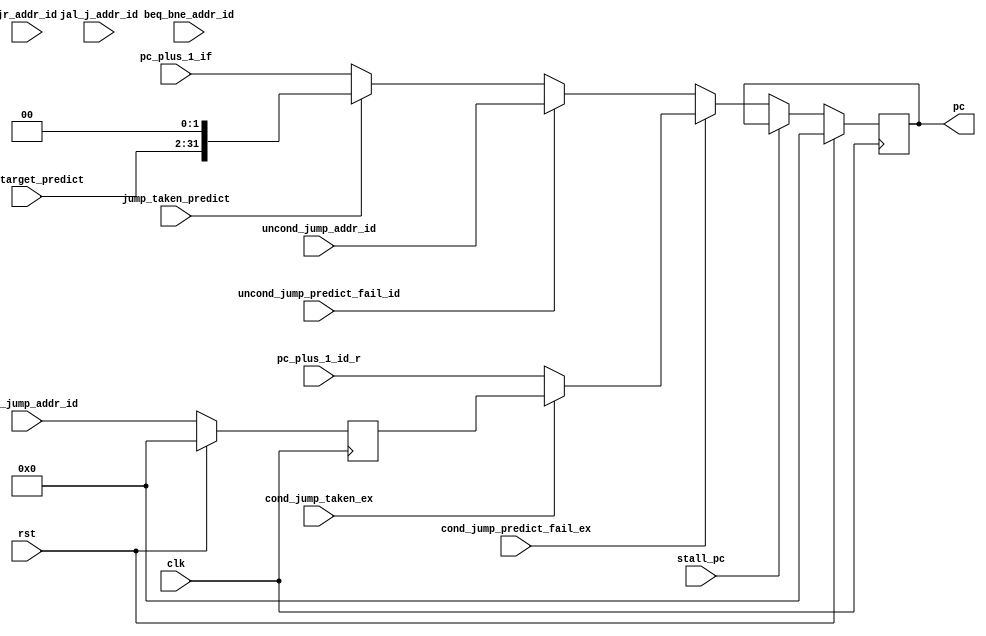
`default_nettype none
module pc_gen(
   // clock and reset    
   input  wire  clk,
   input  wire  rst,

   // Interface with branch_predictor 
   input  wire          jump_taken_predict,  
   input  wire  [31:2]  jump_target_predict,

   // Interface with id_stage
   input  wire  [31:0]  jal_j_addr_id,
   input  wire  [31:0]  beq_bne_addr_id,
   input  wire  [31:0]  jr_addr_id,
   input  wire  [31:0]  cond_jump_addr_id,
   input  wire  [31:0]  uncond_jump_addr_id,
   input  wire  [31:0]  pc_plus_1_id_r,

   // Interface with if_stage 
   input  wire  [31:0]  pc_plus_1_if,
   output reg   [31:0]  pc,    

   // Interface with controller 
   input  wire          stall_pc,
   input  wire          cond_jump_taken_ex,
   input  wire          uncond_jump_predict_fail_id,
   input  wire          cond_jump_predict_fail_ex
);

   reg  [31:0] pc_nxt ; 
   reg  [31:0] cond_jump_addr_ex;

   always @( posedge clk ) begin 
      if ( rst ) begin 
        cond_jump_addr_ex  <= 'h0 ; 
      end else begin 
        cond_jump_addr_ex  <= cond_jump_addr_id ; 
      end
   end

   always @(*) begin 
      if ( cond_jump_predict_fail_ex ) begin 
         if ( cond_jump_taken_ex ) begin
            pc_nxt = cond_jump_addr_ex ; 
         end else begin 
            pc_nxt = pc_plus_1_id_r;
         end
      end else if ( uncond_jump_predict_fail_id ) begin 
         pc_nxt = uncond_jump_addr_id; 
      end else if ( jump_taken_predict ) begin 
         pc_nxt = { jump_target_predict, 2'b00 } ;  
      end else begin
         pc_nxt = pc_plus_1_if; 
      end
   end 

   /*
   always @(*) begin 
      pc_nxt = pc_plus_1_if ; 
      if ( branch_predict_fail ) begin 
         casez( npc_mux_sel ) 
            3'b1?? : pc_nxt = beq_bne_addr_id ; 
            3'b?1? : pc_nxt = jr_addr_id ; 
            3'b??1 : pc_nxt = jal_j_addr_id; 
         endcase
      end else if ( jump_taken_predict ) begin 
         pc_nxt = [jump_target,2'b00]; 
      end   
   end 
   */
/*
   always @( posedge clk ) begin 
      if ( rst ) begin 
         pc <= 'b0 ; 
      end else begin 
         if ( ~stall_pc ) begin 
            if ( exc ) begin     // execption has higher priority.  
               pc <= EXC_BASE ; 
            end else begin 
               pc <= pc_nxt ; 
            end 
         end
       end    
   end 
*/
   always @( posedge clk ) begin 
      if ( rst ) begin 
         pc <= 'b0 ; 
      end else begin 
         if ( ~stall_pc ) begin 
            pc <= pc_nxt ; 
         end
       end    
   end 
endmodule